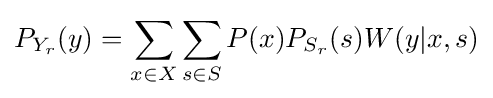
\displaystyle P_{Y_{r}}(y)=\sum _{x\in X}\sum _{s\in S}P(x)P_{S_{r}}(s)W(y|x,s)